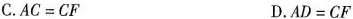
C. $$AC=CF$$ D. $$AD=CF$$